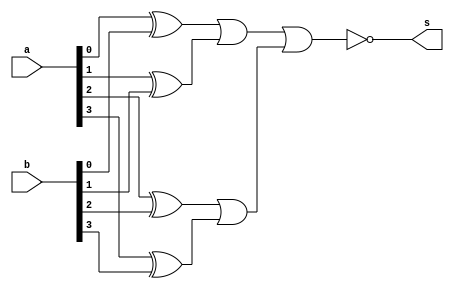
// ------------------------- 
// Exemplo0023 - Comparator
// Nome: Pedro Henrique Vilar Locatelli 
// ------------------------- 
// ------------------------- 

module compa (output s,
input [3:0] a, 
input [3:0] b); 

wire p1,p2,p3,p4,p5,p6;

xor xor1 (p1, a[0], b[0]);
xor xor2 (p2, a[1], b[1]);
xor xor3 (p3, a[2], b[2]);
xor xor4 (p4, a[3], b[3]);
or or1 (p5, p1, p2);
or or2 (p6, p3, p4);
nor or3 (s, p5, p6);
 
endmodule // 
module test_compa; 
// ------------------------- definir dados 
reg [3:0] x; 
reg [3:0] y; 
wire s; 
compa s1 (s, x, y);
// ------------------------- parte principal 
initial begin 
$display("Exemplo0023 - Pedro Henrique Vilar Locatelli - 427453"); 
$display("Test ALU's comparator"); 
x = 3'b110; y = 3'b111;
#1 $display("%3b + %3b = %4b", x, y, s);  
x = 3'b111; y = 3'b111;
#1 $display("%3b + %3b = %4b", x, y, s);  
end 
endmodule